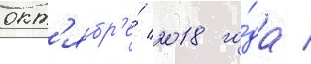
окт'ябр'е́ 2018 го́да /